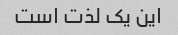
این یک لذت است